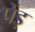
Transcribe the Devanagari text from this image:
पेंड़